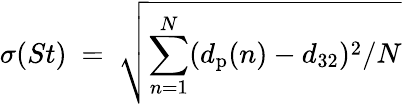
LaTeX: \sigma(St)~=~\sqrt{\sum_{n=1}^{N}(d_{\mathrm{p}}(n)-d_{32})^{2}/N}